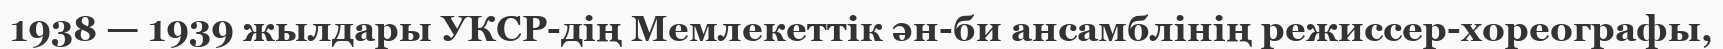
1938 — 1939 жылдары УКСР-дің Мемлекеттік ән-би ансамблінің режиссер-хореографы,